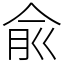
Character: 兪